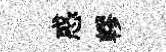
惑轇